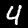
Label: 4